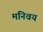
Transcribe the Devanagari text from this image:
मनिवय